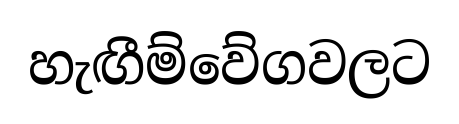
හැඟීම්වේගවලට